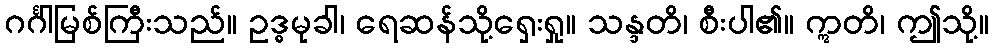
ဂင်္ဂါမြစ်ကြီးသည်။ ဥဒ္ဓမုခါ၊ ရေဆန်သို့ရှေးရှု။ သန္ဒတိ၊ စီးပါ၏။ ဣတိ၊ ဤသို့။